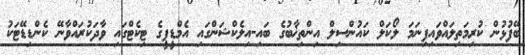
ބޭފުޅުން ކުރިމަތިލައްވައިފިނަމަ ލޯކަލް ކައުންސިލް އިންތިޚާބުގެ ބައި-އިލެކްޝަންގައި އެމްޑީޕީގެ ޓިކެޓްގައި ވާދަކުރައްވާނޭ ކެންޑިޑޭޓަކު